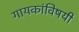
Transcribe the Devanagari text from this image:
गायकांविषयी